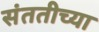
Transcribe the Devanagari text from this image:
संततीच्या